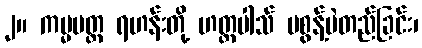
၂။ ကမ္မပတ္တ ရဟန်းတို့ ဟတ္ထပါသ် မစွန့်ပဲတည်ခြင်း၊